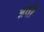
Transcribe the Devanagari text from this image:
भ्रंती